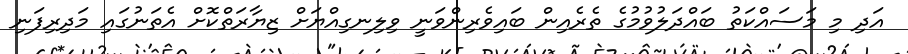
އަދި މި މަސައްކަތު ބައްދަލުވުމުގެ ތެރެއިން ބައިވެރިންވަނީ ވިލިނގިއްޔަށް ޒިޔާރަތްކޮށް އެތަނުގައި މަދިރިފަނި